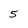
Character: 5